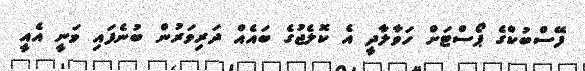
ފޭސްބުކްގެ ޕޯސްޓަށް ހަވާލާދީ އެ ކޮލެޖުގެ ބައެއް ދަރިވަރުން ބުނެފައި ވަނީ އެއީ